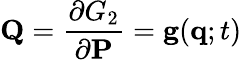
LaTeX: \mathbf{Q}={\frac{\partial G_{2}}{\partial\mathbf{P}}}=\mathbf{g}(\mathbf{q};t)